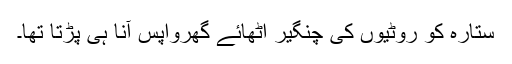
ستارہ کو روٹیوں کی چنگیر اُٹھائے گھرواپس آنا ہی پڑتا تھا۔